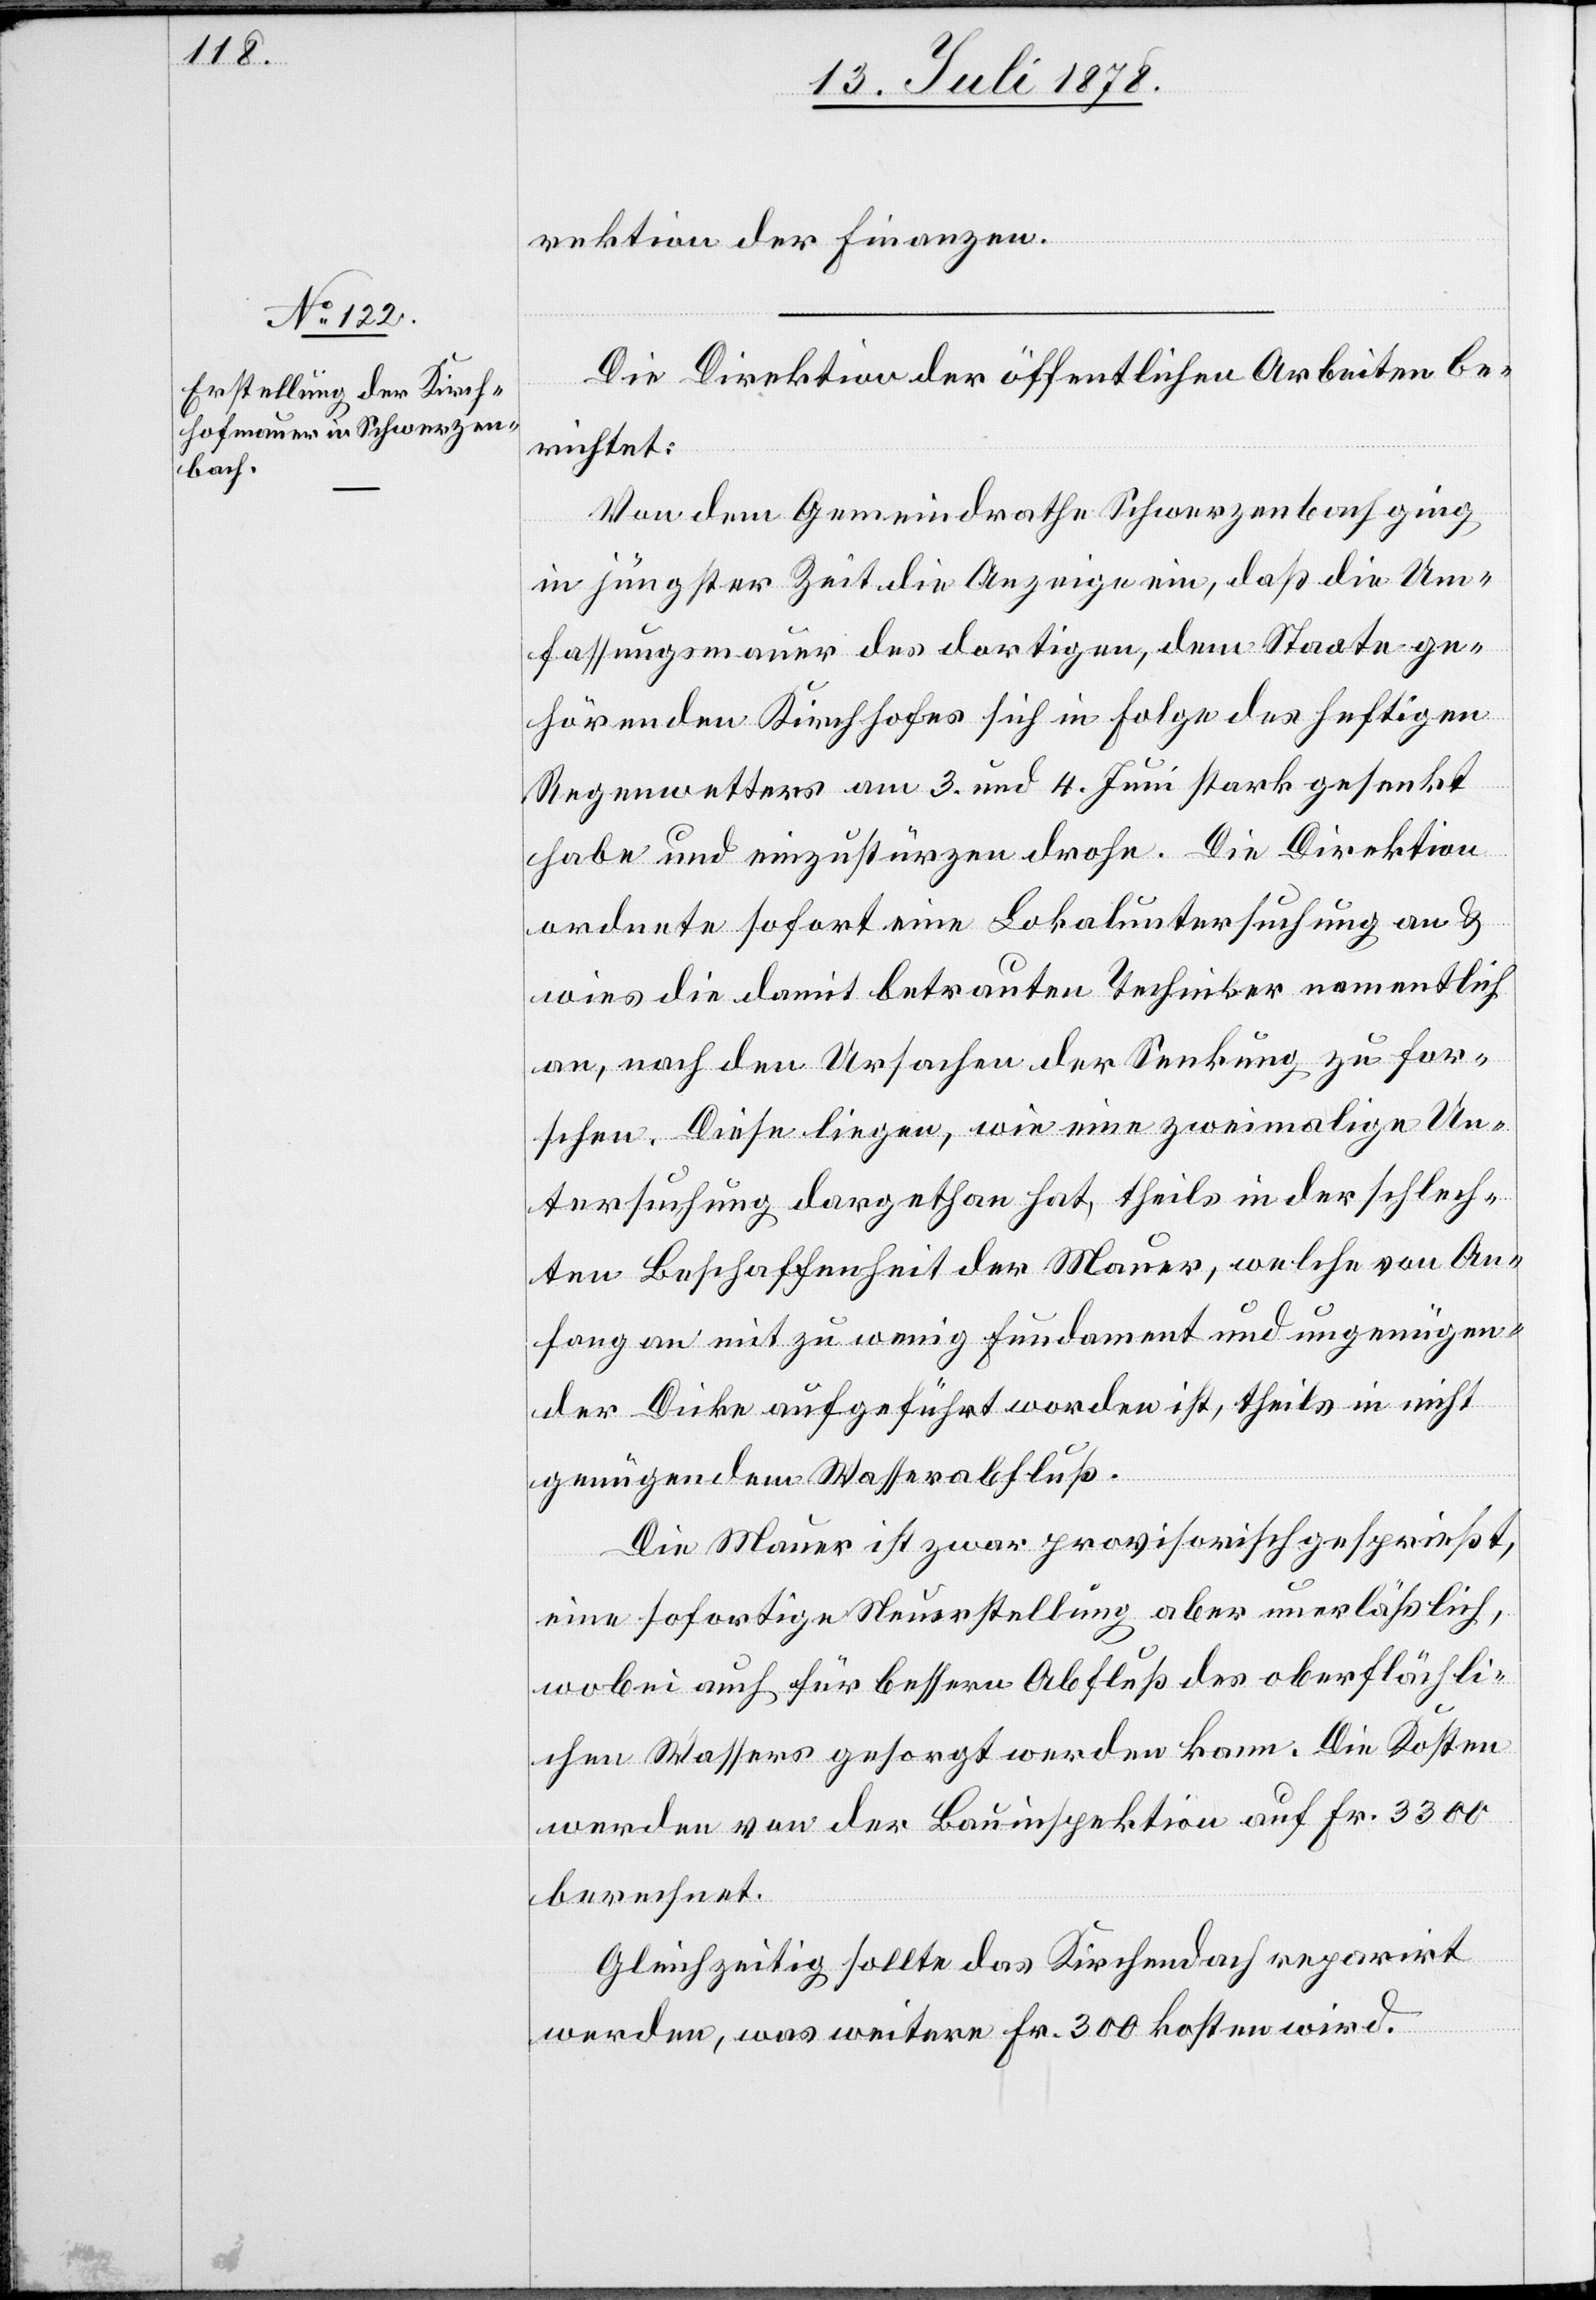
rektion der Finanzen.
Die Direktion der öffentlichen Arbeiten be¬
richtet:
Von dem Gemeindrathe Schwerzenbach ging
in jüngster Zeit die Anzeige ein, daß die Um¬
fassungsmauer des dortigen, dem Staate ge¬
hörenden Kirchhofes sich in Folge des heutigen
Regenwetters am 3. und 4. Juni stark gesenkt
habe und einzustürzen drohe. Die Direktion
ordnete sofort eine Lokaluntersuchung an &
wies die damit betrauten Techniker namentlich
an, nach den Ursachen der Senkung zu for¬
schen. Diese liegen, wie eine zweimalige Un¬
tersuchung dargethan hat, theils in der schlech¬
ten Beschaffenheit der Mauer, welche von An¬
fang an mit zu wenig Fundament und ungenügen¬
der Dicke aufgeführt worden ist, theils in nicht
genügendem Wasserabfluß.
Die Mauer ist zwar provisorisch gesprießt,
eine sofortige Neuerstellung aber unerlässlich,
wobei auch für bessern Abfluß des oberflächli¬
chen Wassers gesorgt werden kann. Die Kosten
werden von der Bauinspektion auf Fr. 3300
berechnet.
Gleichzeitig sollte das Kirchendach reparirt
werden, was weitere Fr. 300 kosten wird.